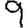
Digit: 9